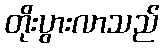
တိုးပွားလာသည်